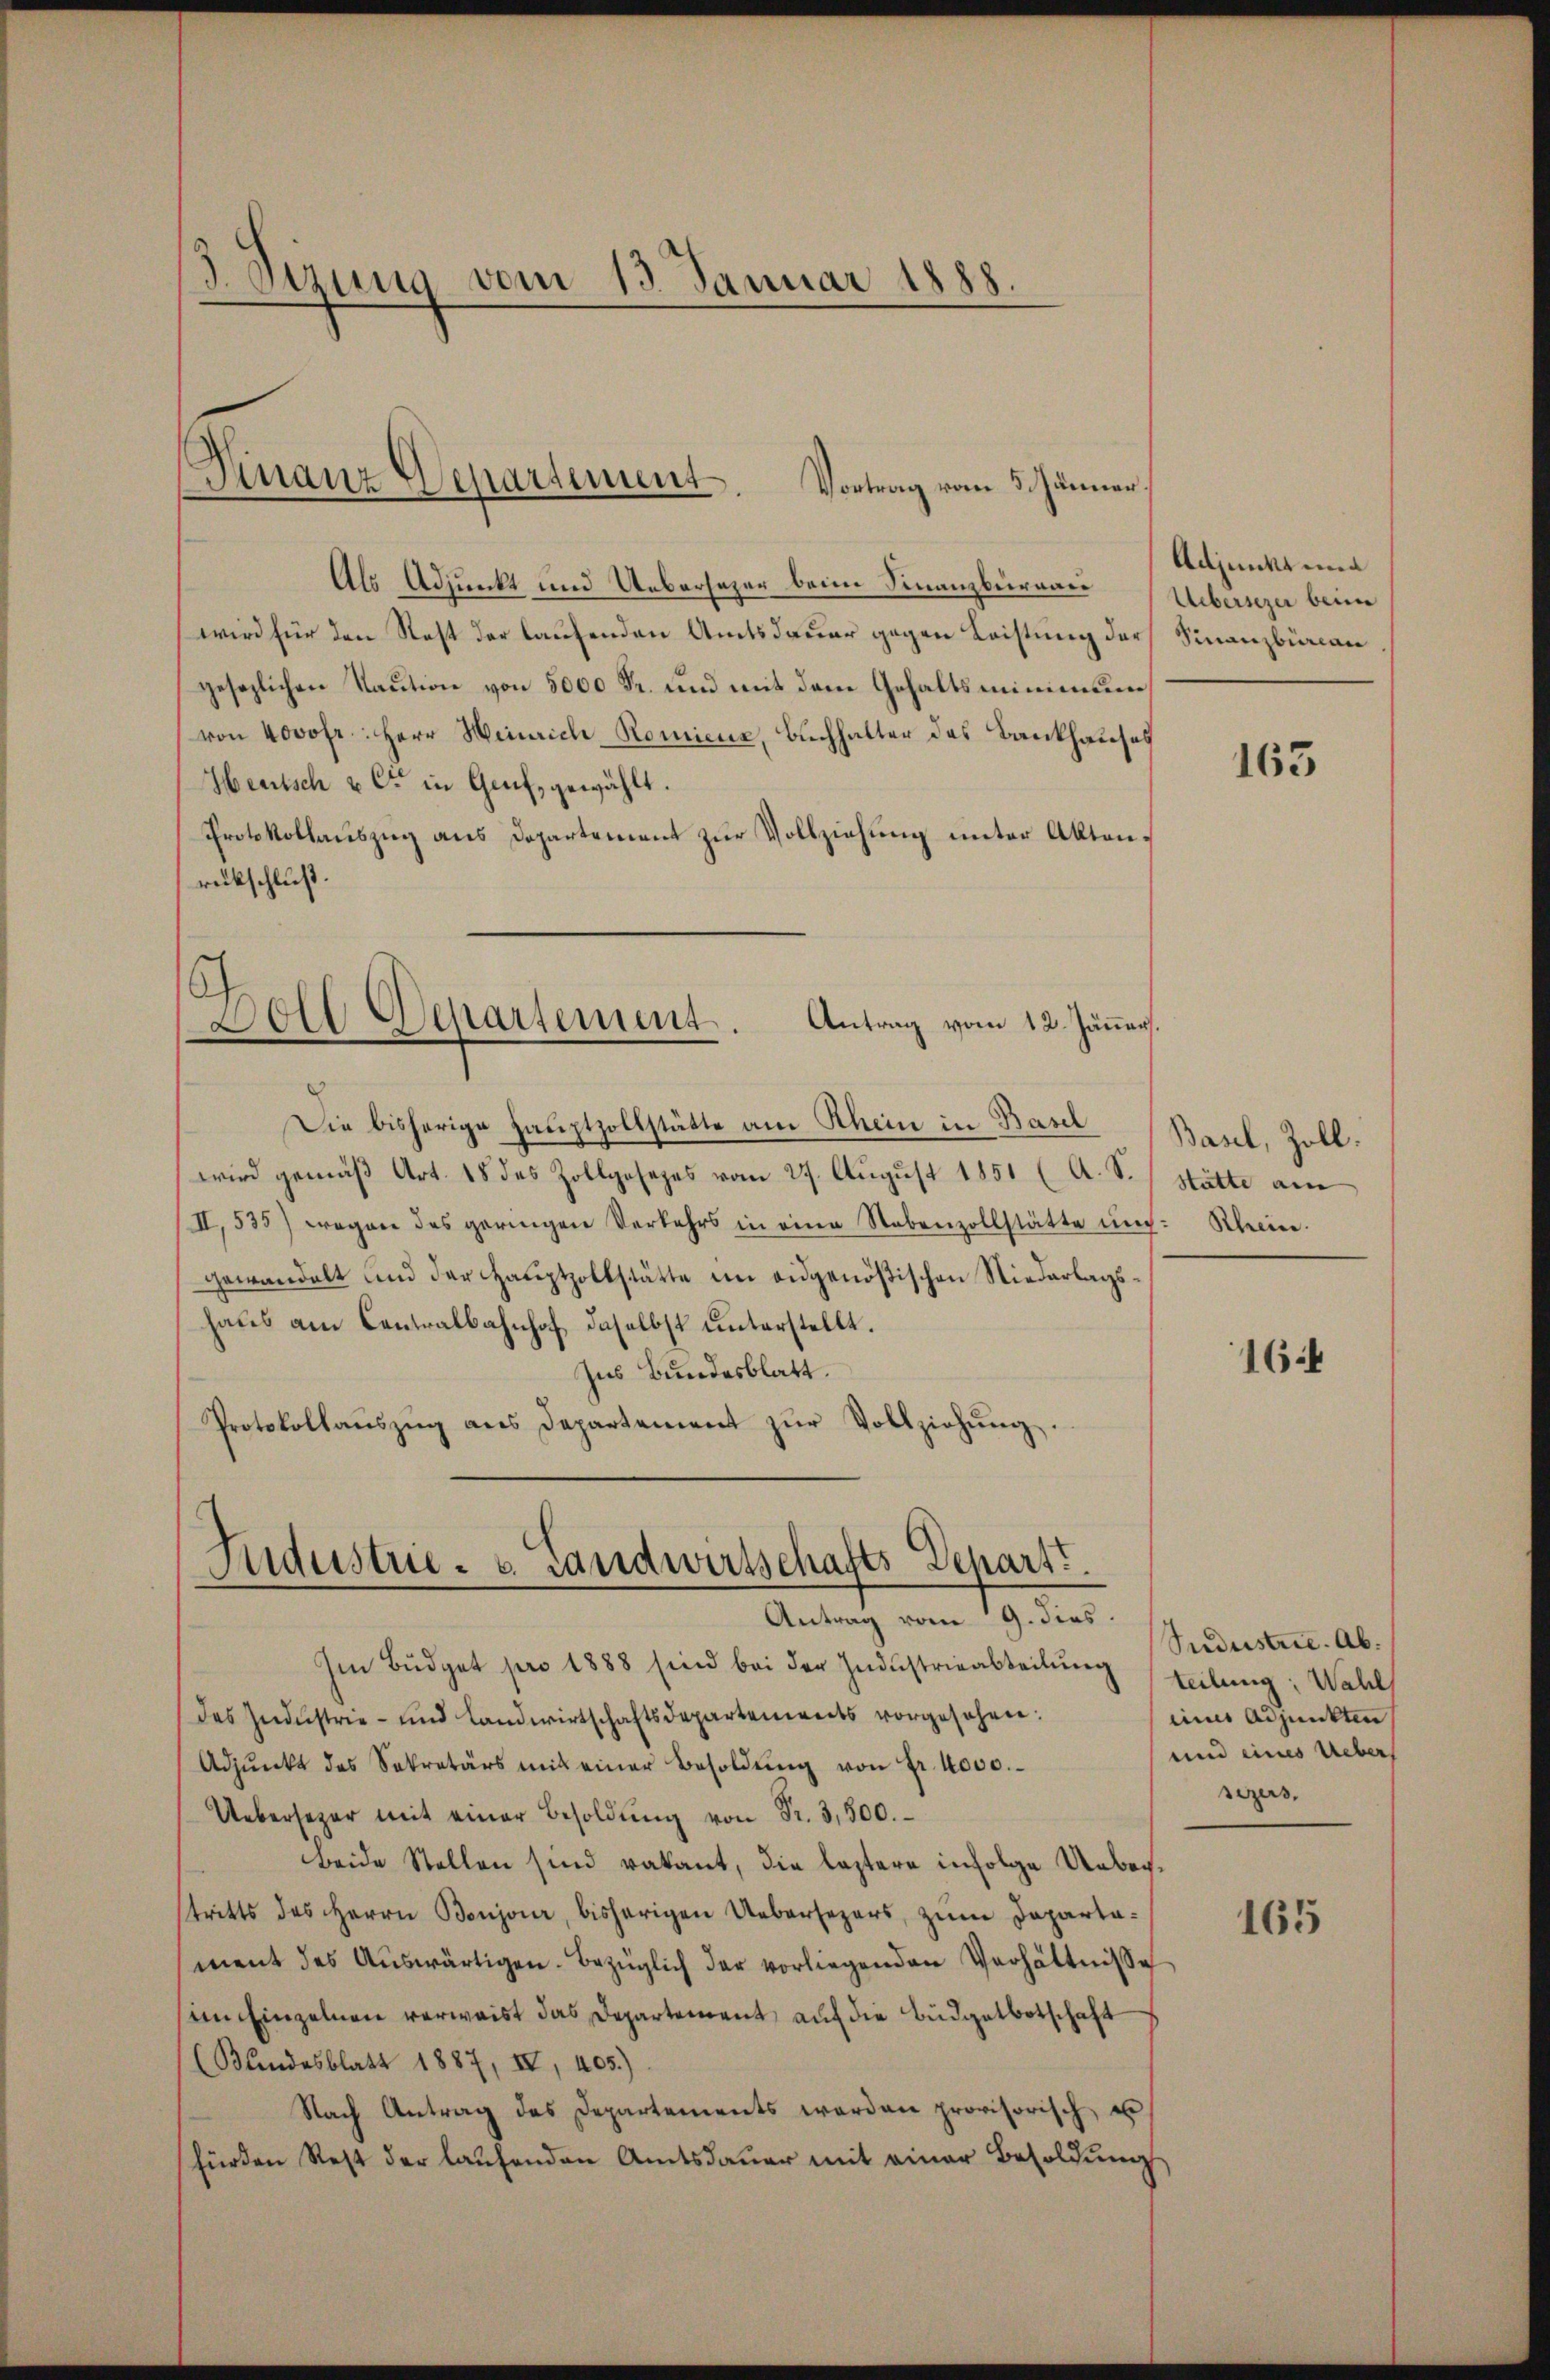
3 Sirung vom 13. Januar 1888.

Finanz-Departement. Vortrag vom 5. Jänner,

Als Adjunkt und Uebersazer beim Finanzburgen Uebunge beim
wird für den Rest der laufenden Amtsdauer gegen Leistung der
gesezlichen Kaution von 5000 Fr. und mit dem Gehaltsminimum
von 4000 fr.: Herr Heinrich Romienz, Buchhalter des Bankhauses
Heutsch & Cie in Genf, gewählt.
Protokollauszug aus Departement zur Vollziehung unter Aktenrückschluß.
s
Fold Departement. Antrag vom 12. Jänner.
Die bisherige Hauptzollstätte am Rhein in Basel
wird gemäß Art. 18 des Zollgesezes vom 27. August 1851 (A. S. Stätte am
II., 535) wegen des geringen Verkehrs in eine Nebenzollstätte und Rhein.
gewandelt und der Hauptzollstätte im eidgenößischen Niederlagshaus am Centralbahnhof, daselbst unterstellt.
Ins Bundesblatt.
Protokollaŭszŭg ans Departement zŭr Vollziehŭng.

.
Sudustrie - u. Landwirtschafts-Depart.
Antrag vom 9. dies

Im Büdget pro 1888 sind bei der Industrieabteilung teilung: Wahl
des Industrie- und Landwirtschaftsdepartements vorgesehen:
Adpŭnkt des Sekretärs mit einer Besoldŭng von Fr. 4000.
Uebersezer mit einer Besoldŭng von Fr. 3,500.
beide Stellen sind vakant, die leztere infolge Ueberstritts des Herrn Benjour, bisherigen Uebersezers, zum Departament des Aŭswärtigen. Bezüglich der vorliegenden Verhältnisse
im Einzelnen verwaist das Departement, auf die Büdgetbotschaft
(Bandesblatt 1887, IV, 405.)
Nach Antrag des Departements werden provisorisch, es
fürden Rest der laŭfenden Amtsdaŭer mit einer Besoldŭng

Adjunkt und
Finanzbüreau

163

Basel, Zoll.

164

Sudustrie. Ab.
eines Adjunkten
und eines Ueber
sezers,

165